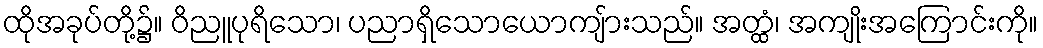
ထိုအခုပ်တို့၌။ ဝိညူပုရိသော၊ ပညာရှိသောယောကျ်ားသည်။ အတ္ထံ၊ အကျိုးအကြောင်းကို။